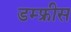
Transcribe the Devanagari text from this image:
डम्फ्रीस